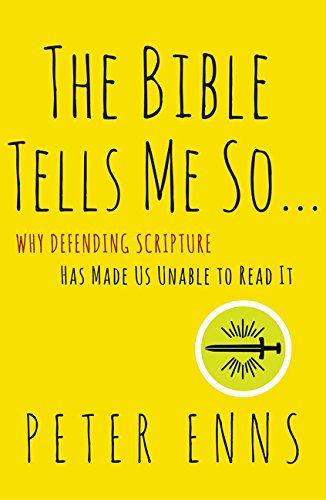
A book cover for The Bible Tells Me So: Why Defending Scripture Has Made Us Unable to Read It; Peter Enns; Christian Books & Bibles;